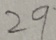
2 9